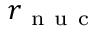
r _ { \mathrm { ~ n ~ u ~ c ~ } }